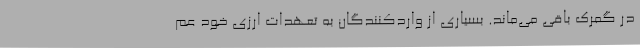
در گمرک باقی می‌ماند. بسیاری از واردکنندگان به تعهدات ارزی خود عم